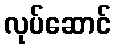
လုပ်ဆောင်